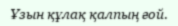
Ұзын құлақ қалпың ғой.